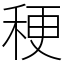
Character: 稉